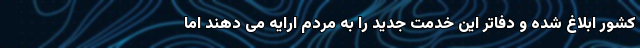
کشور ابلاغ شده و دفاتر این خدمت جدید را به مردم ارایه می دهند اما